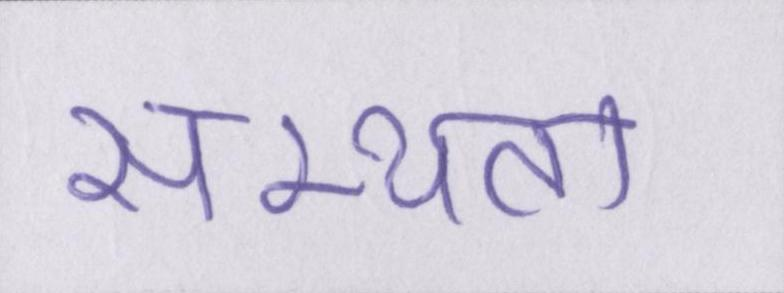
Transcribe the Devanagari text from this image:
सभ्यता